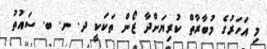
މި އަހަރުގެ މުބާރާތް ކުރިޔަށްދާ ޒޯން ތަކަކީ ދ. ނ. ބ. ސައުތު